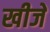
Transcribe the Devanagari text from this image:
खीजे